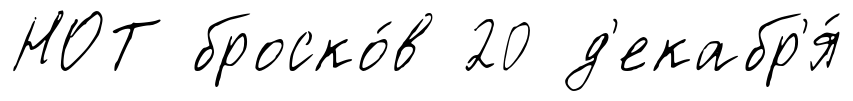
НОТ броско́в 20 д'екабр'я́